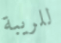
للريبة